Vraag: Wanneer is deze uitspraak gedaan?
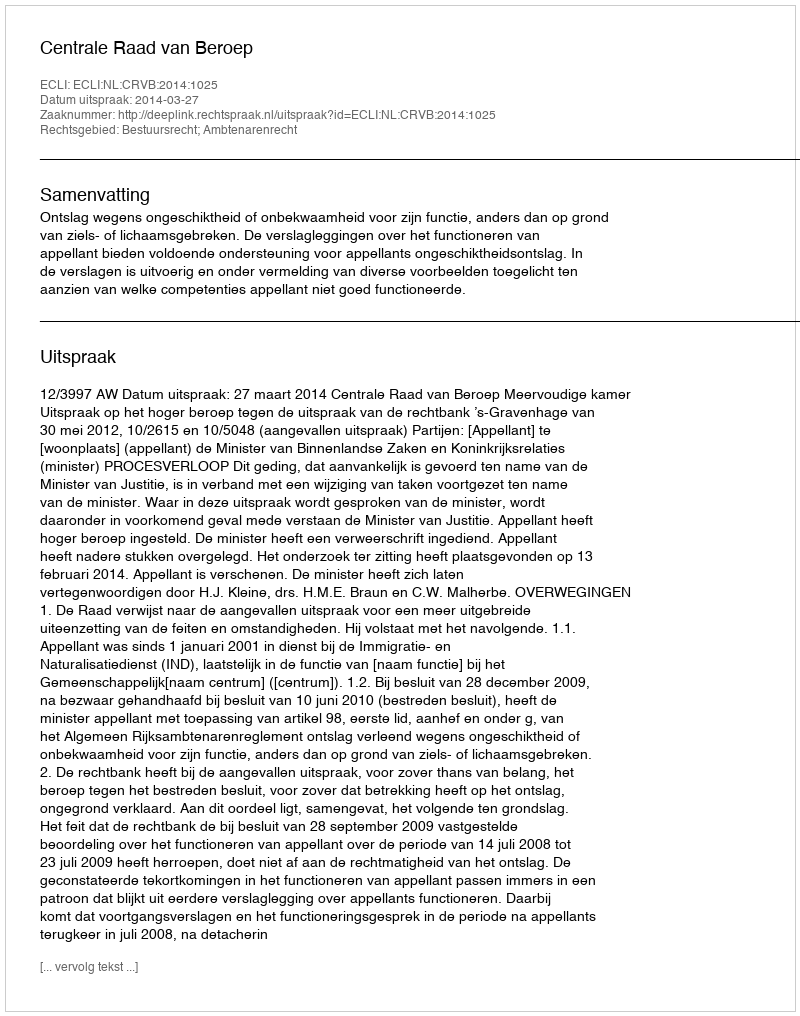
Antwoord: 2014-03-27